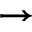
\rightarrow